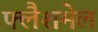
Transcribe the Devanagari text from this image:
फ्लैशमेल